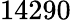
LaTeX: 14290